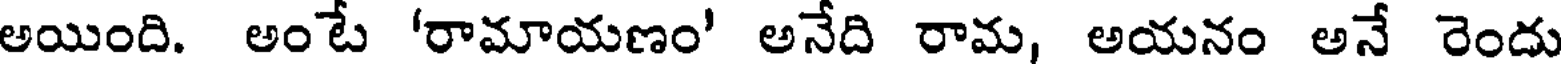
అయింది. అంటే 'రామాయణం' అనేది రామ, అయనం అనే రెందు